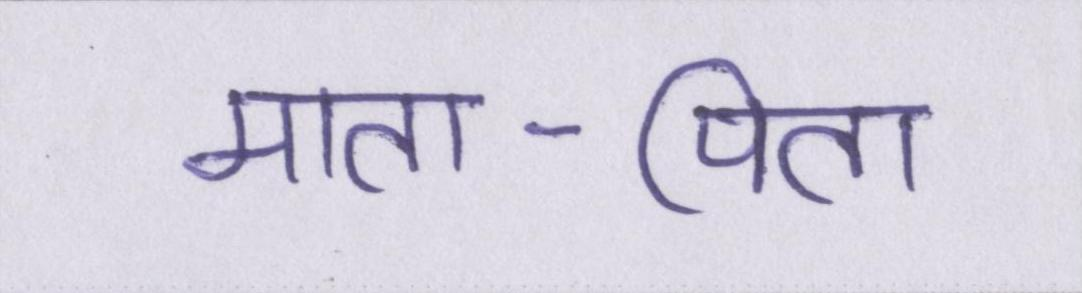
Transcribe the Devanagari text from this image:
माता-पिता